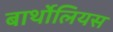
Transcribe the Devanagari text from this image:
बार्थोलियस